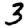
Digit: 3